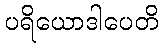
ပရိယောဒါပေတိ